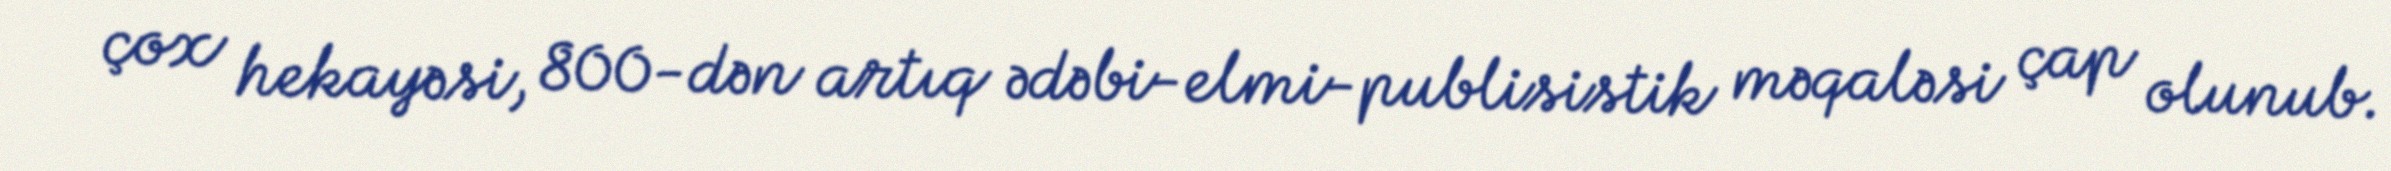
çox hekayəsi, 800-dən artıq ədəbi-elmi-publisistik məqaləsi çap olunub.